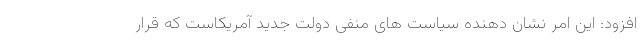
افزود: این امر نشان دهنده سیاست های منفی دولت جدید آمریکاست که قرار